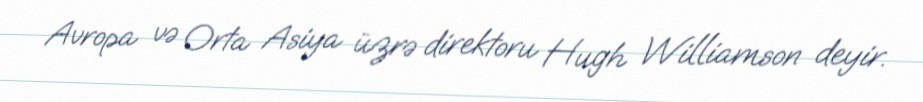
Avropa və Orta Asiya üzrə direktoru Hugh Williamson deyir.